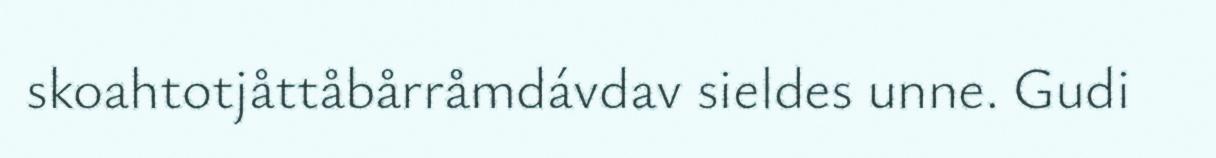
skoahtotjåttåbårråmdávdav sieldes unne. Gudi